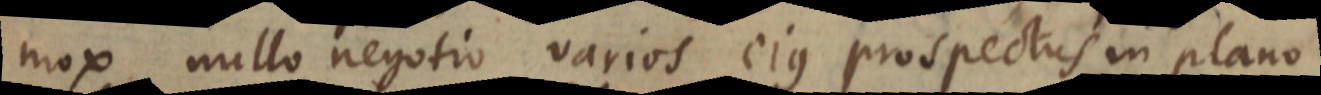
mox nullo negotio varios ejus prospectus in plano